Annual administration report of the Civil Veterinary Department of India - 1893-1894
Year: 1893
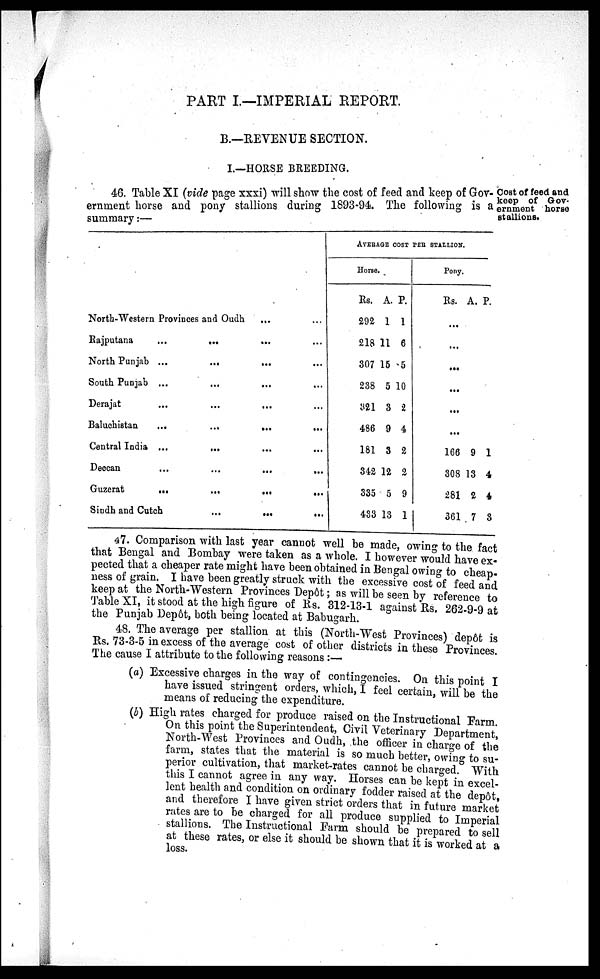
PART I.—IMPERIAL REPORT.
B.—REVENUE SECTION.
I.—HORSE BREEDING.
Cost of feed and
keep of Gov-
ernment horse
stallions.
46. Table XI (vide page xxxi) will show the cost of feed and keep of Gov-
ernment horse and pony stallions during 1893-94. The following is a
summary:—
North-Western Provinces and Oudh ... ...
Rajputana
...
... ... ...
North Punjab ... ... ... ...
South Punjab ... ... ... ...
Derajat ... ... ... ...
Baluchistan ... ... ... ...
Central India ... ... ... ...
Deccan ... ... ... ...
Guzerat ... ... ... ...
Sindh and Cutch
…
...
...
AVERAGE COST PER STALLION.
Horse.
Rs.
292
218
307
238
321
486
181
342
335
433
A.
1
11
15
5
3
9
3
12
5
13
P.
1
6
5
10
2
4
2
2
9
1
Pony.
Rs. A. P.
...
...
...
...
...
...
166
308
281
361
9
13
2
7
1
4
4
3
47. Comparison with last year cannot well be made, owing to the fact
that Bengal and Bombay were taken as a whole. I however would have ex-
pected that a cheaper rate might have been obtained in Bengal owing to cheap-
ness of grain. I have been greatly struck with the excessive cost of feed and
keep at the North-Western Provinces Depôt ; as will be seen by reference to
Table XI, it stood at the high figure of Rs. 312-13-1 against Rs. 262-9-9 at
the Punjab Depôt, both being located at Babugarh.
48. The average per stallion at this (North-West Provinces) depôt is
Rs. 73-3-5 in excess of the average cost of other districts in these Provinces.
The cause I attribute to the following reasons :—
(a) Excessive charges in the way of contingencies. On this point I
have issued stringent orders, which, I feel certain, will be the
means of reducing the expenditure.
(b) High rates charged for produce raised on the Instructional Farm.
On this point the Superintendent, Civil Veterinary Department,
North-West Provinces and Oudh, the officer in charge of the
farm, states that the material is so much better, owing to su-
perior cultivation, that market-rates cannot be charged. With
this I cannot agree in any way. Horses can be kept in excel-
lent health and condition on ordinary fodder raised at the depôt,
and therefore I have given strict orders that in future market
rates are to be charged for all produce supplied to Imperial
stallions. The Instructional Farm should be prepared to sell
at these rates, or else it should be shown that it is worked at a
loss.